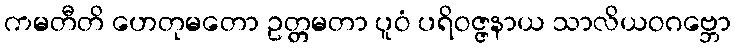
ကမတီတိ ဟေတုမတော ဥတ္တမတာ ပူဝံ ပရိဝဇ္ဇနာယ သာလိယဝဂဗ္ဘော